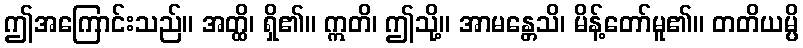
ဤအကြောင်းသည်။ အတ္ထိ၊ ရှိ၏။ ဣတိ၊ ဤသို့။ အာမန္တေသိ၊ မိန့်တော်မူ၏။ တတိယမ္ပိ